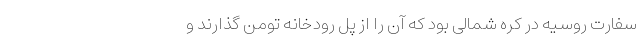
سفارت روسیه در کره شمالی بود که آن را از پل رودخانه تومن گذارند و